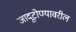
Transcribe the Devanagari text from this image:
जादूटोण्यावरील